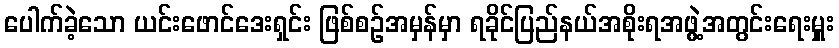
ပေါက်ခဲ့သော ယင်းဖောင်ဒေးရှင်း ဖြစ်စဉ်အမှန်မှာ ရခိုင်ပြည်နယ်အစိုးရအဖွဲ့အတွင်းရေးမှူး